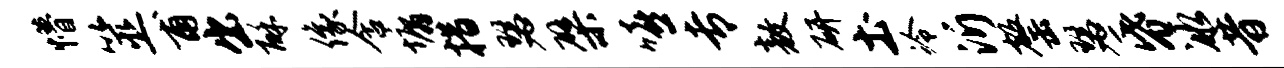
懵筮甫出酥像含墉措瑟檗嘻专敖研土冷沂罄瑟昏冰昔